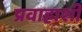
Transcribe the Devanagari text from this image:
प्रवाहाशी